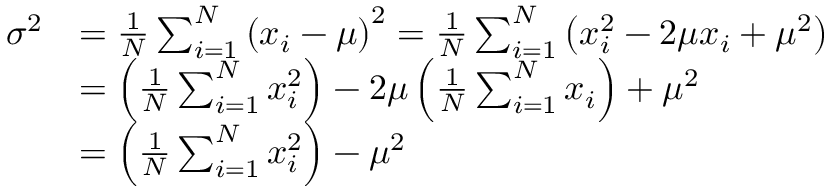
{ \begin{array} { r l } { \sigma ^ { 2 } } & { = { \frac { 1 } { N } } \sum _ { i = 1 } ^ { N } \left( x _ { i } - \mu \right) ^ { 2 } = { \frac { 1 } { N } } \sum _ { i = 1 } ^ { N } \left( x _ { i } ^ { 2 } - 2 \mu x _ { i } + \mu ^ { 2 } \right) } \\ & { = \left( { \frac { 1 } { N } } \sum _ { i = 1 } ^ { N } x _ { i } ^ { 2 } \right) - 2 \mu \left( { \frac { 1 } { N } } \sum _ { i = 1 } ^ { N } x _ { i } \right) + \mu ^ { 2 } } \\ & { = \left( { \frac { 1 } { N } } \sum _ { i = 1 } ^ { N } x _ { i } ^ { 2 } \right) - \mu ^ { 2 } } \end{array} }